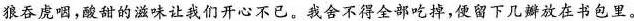
狼吞虎咽，酸甜的滋味让我们开心不已。我舍不得全部吃掉，便留下几瓣放在书包里。